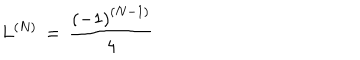
L ^ { \left( N \right) } \, = \, \frac { \left( - 1 \right) ^ { \left( N - 1 \right) } } { 4 }